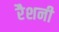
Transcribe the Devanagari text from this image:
रैशनी